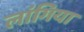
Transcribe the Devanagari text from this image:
लांगिया